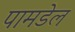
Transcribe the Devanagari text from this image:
पामडेल